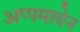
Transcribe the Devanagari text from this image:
अप्पमादेन